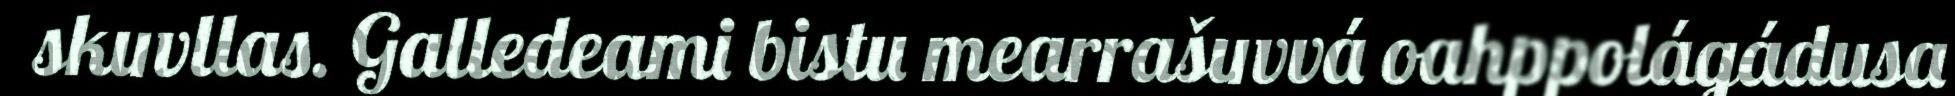
skuvllas. Galledeami bistu mearrašuvvá oahppolágádusa